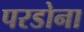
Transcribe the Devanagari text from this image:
परडोना